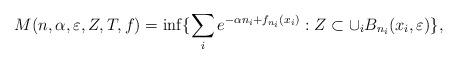
LaTeX: \begin{align*}M(n,\alpha,\varepsilon,Z,T,f)=\inf\{\sum_{i}e^{-\alpha n_i+f_{n_i}(x_i)}: Z\subset\cup_{i}B_{n_i}(x_i,\varepsilon)\},\end{align*}